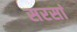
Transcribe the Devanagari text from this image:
सरसां